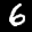
Label: 6